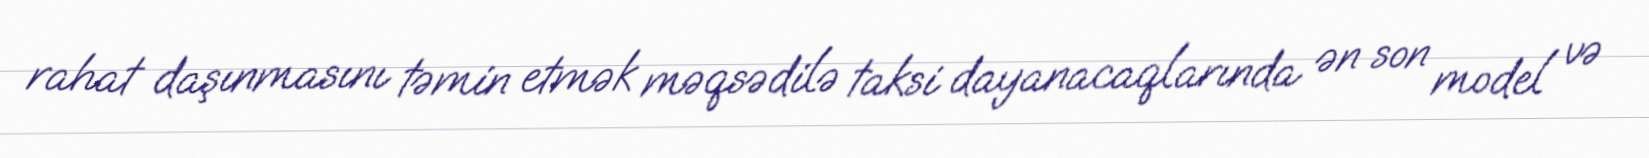
rahat daşınmasını təmin etmək məqsədilə taksi dayanacaqlarında ən son model və